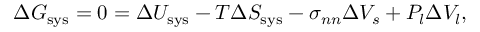
\Delta G _ { \mathrm { s y s } } = 0 = \Delta U _ { \mathrm { s y s } } - T \Delta S _ { \mathrm { s y s } } - \sigma _ { n n } \Delta V _ { s } + P _ { l } \Delta V _ { l } ,